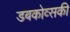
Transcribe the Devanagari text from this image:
डबकोव्सकी